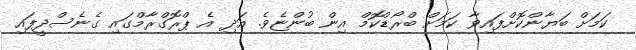
ކަމަށް ބަޔާންކޮށްފައިވާ ކަމަށް ބްރޯޑްކޮމް އިން ބުންޏެވެ. އަދި އެ ޕްރޮގްރާމްގައި ގެނެސްދީފައި